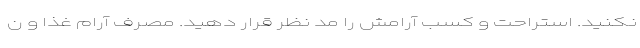
نکنید. استراحت و کسب آرامش را مد نظر قرار دهید. مصرف آرام غذا و ن